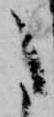
た